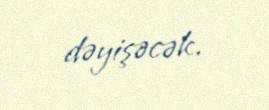
dəyişəcək.